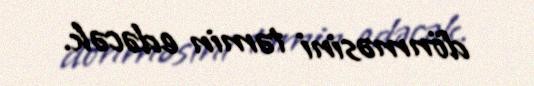
dönməsini təmin edəcək.